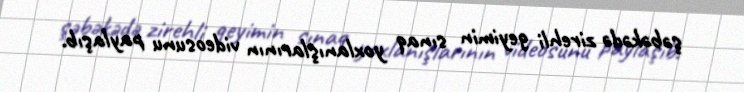
şəbəkədə zirehli geyimin sınaq yoxlanışlarının videosunu paylaşıb.